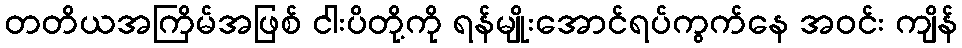
တတိယအကြိမ်အဖြစ် ငါးပိတို့ကို ရန်မျိုးအောင်ရပ်ကွက်နေ အဝင်း ကျိန်